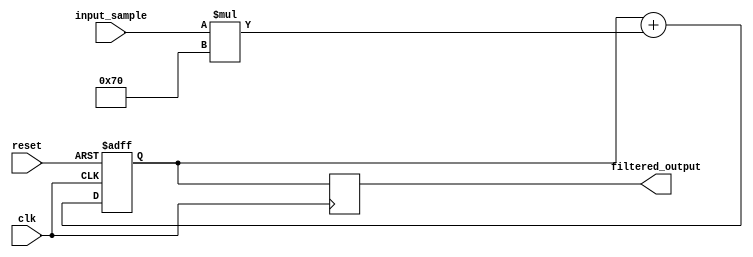
module fir_filter(
    input clk,
    input reset,
    input [15:0] input_sample,
    output reg [15:0] filtered_output
);

// Define filter coefficients
parameter COEFF_1 = 8'h30;
parameter COEFF_2 = 8'h50;
parameter COEFF_3 = 8'h70;

// Define state variables
reg [15:0] acc;

// Assign initial values to variables
always @(posedge clk or posedge reset)
begin
    if (reset)
        acc <= 16'h0;
    else
    begin
        // Multiply input_sample by filter coefficients and accumulate
        acc <= acc + input_sample * COEFF_1;
        acc <= acc + input_sample * COEFF_2;
        acc <= acc + input_sample * COEFF_3;
    end
end

// Assign acc to output
always @(posedge clk)
begin
    filtered_output <= acc;
end

endmodule